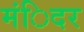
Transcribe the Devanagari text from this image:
मंिदर